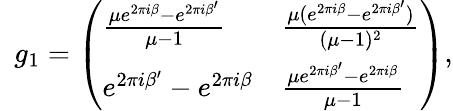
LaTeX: \, \, \, g_{1}={\left(\begin{array}{ll}{{\frac{\mu e^{2\pi i\beta}-e^{2\pi i\beta^{\prime}}}{\mu-1}}}&{{\frac{\mu(e^{2\pi i\beta}-e^{2\pi i\beta^{\prime}})}{(\mu-1)^{2}}}}\\ {e^{2\pi i\beta^{\prime}}-e^{2\pi i\beta}}&{{\frac{\mu e^{2\pi i\beta^{\prime}}-e^{2\pi i\beta}}{\mu-1}}}\end{array}\right)},